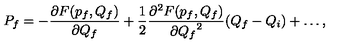
P _ { f } = - \frac { \partial F ( p _ { f } , Q _ { f } ) } { \partial Q _ { f } } + \frac { 1 } { 2 } \frac { \partial ^ { 2 } F ( p _ { f } , Q _ { f } ) } { \partial { Q _ { f } } ^ { 2 } } ( Q _ { f } - Q _ { i } ) + \ldots ,